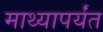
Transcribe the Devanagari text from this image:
माथ्यापर्यंत